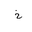
Letter: _kha